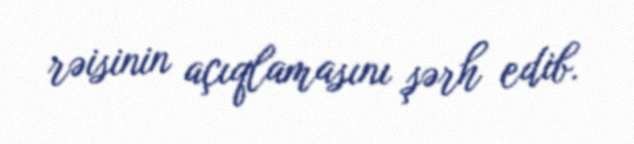
rəisinin açıqlamasını şərh edib.